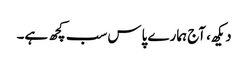
دیکھ، آج ہمارے پاس سب کچھ ہے۔